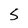
Character: S